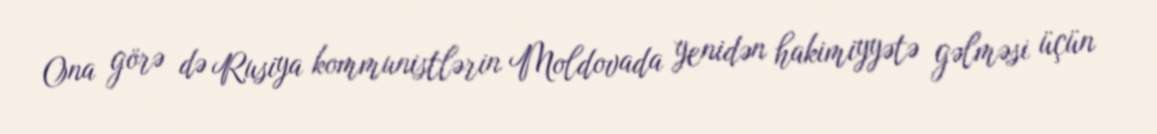
Ona görə də Rusiya kommunistlərin Moldovada yenidən hakimiyyətə gəlməsi üçün